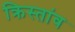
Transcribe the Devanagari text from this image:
क्रिस्तांव